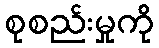
စုစည်းမှုကို